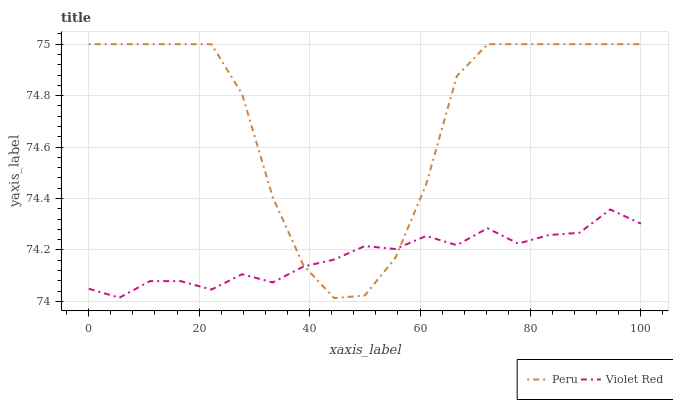
| xaxis_label | Peru | Violet Red |
 | --- | --- | --- |
 | 0 | 75 | 74 |
 | 5.56 | 75 | 74 |
 | 11.1 | 75 | 74.1 |
 | 16.7 | 75 | 74.1 |
 | 22.2 | 75 | 74 |
 | 27.8 | 74.8 | 74.1 |
 | 33.3 | 74.4 | 74.1 |
 | 38.9 | 74.1 | 74.1 |
 | 44.4 | 74 | 74.2 |
 | 50 | 74 | 74.2 |
 | 55.6 | 74.2 | 74.2 |
 | 61.1 | 74.5 | 74.3 |
 | 66.7 | 74.9 | 74.2 |
 | 72.2 | 75 | 74.3 |
 | 77.8 | 75 | 74.2 |
 | 83.3 | 75 | 74.3 |
 | 88.9 | 75 | 74.3 |
 | 94.4 | 75 | 74.4 |
 | 100 | 75 | 74.3 |